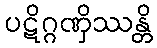
ပဋိဂ္ဂဏှိဿန္တိ